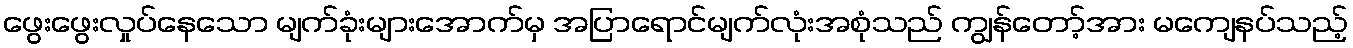
ဖွေးဖွေးလှုပ်နေသော မျက်ခုံးများအောက်မှ အပြာရောင်မျက်လုံးအစုံသည် ကျွန်တော့်အား မကျေနပ်သည့်